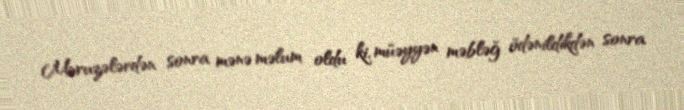
Məruzələrdən sonra mənə məlum oldu ki, müəyyən məbləğ ödənildikdən sonra